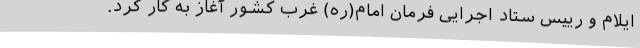
ایلام و رییس ستاد اجرایی فرمان امام(ره) غرب کشور آغاز به کار کرد.